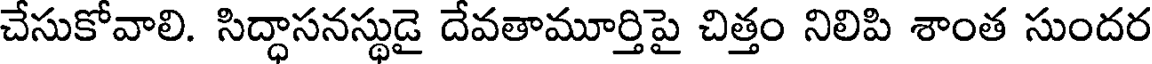
చేసుకోవాలి. సిద్ధాసనస్థుడై దేవతామూర్తిపై చిత్తం నిలిపి శాంత సుందర